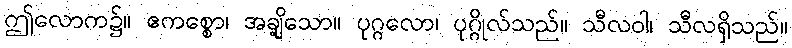
ဤလောက၌။ ဧကစ္စော၊ အချို့သော။ ပုဂ္ဂလော၊ ပုဂ္ဂိုလ်သည်။ သီလဝါ၊ သီလရှိသည်။